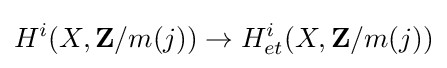
H^{i}(X,\mathbf {Z} /m(j))\rightarrow H_{et}^{i}(X,\mathbf {Z} /m(j))